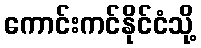
ကောင်းကင်နိုင်ငံသို့